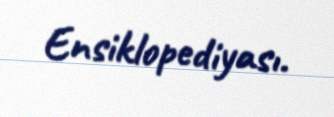
Ensiklopediyası.